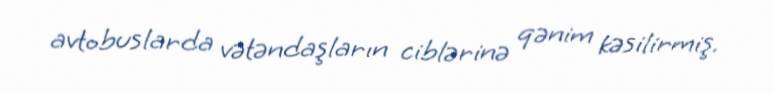
avtobuslarda vətəndaşların ciblərinə qənim kəsilirmiş.